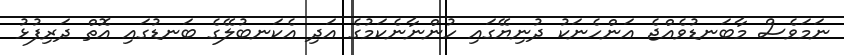
ނަމަވެސް މާބަނޑުވެއްޖެ އަންހެނަކު ދުނިޔޭގައި ހުންނާނެކަމުގެ އަދި އެކަނބުލޭގެ ބަނޑުގައި އޮތް ދަރިފުޅު